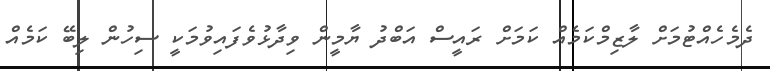
ދެމެހެއްޓުމަށް ލާޒިމްކަމެއް ކަމަށް ރައީސް އަބްދު ޔާމީން ވިދާޅުވެފައިވުމަކީ ސިހުން ލިބޭ ކަމެއް